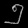
Digit: ၅